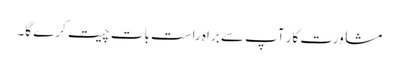
مشاورت کار آپ سے براہ راست بات چیت کرے گا۔